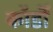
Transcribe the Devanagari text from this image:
कॉर्डों